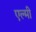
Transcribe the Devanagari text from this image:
एल्मी